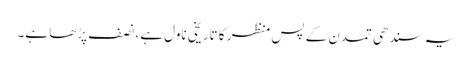
یہ سندھی تمدن کے پس منظر کا تاریخی ناول ہے، نصف پڑھا ہے۔